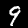
Digit: 9